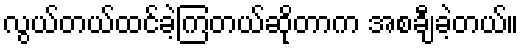
လွယ်တယ်ထင်ခဲ့ကြတယ်ဆိုတာက အစချီခဲ့တယ်။